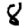
Digit: 8